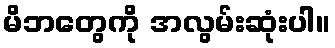
မိဘတွေကို အလွမ်းဆုံးပါ။